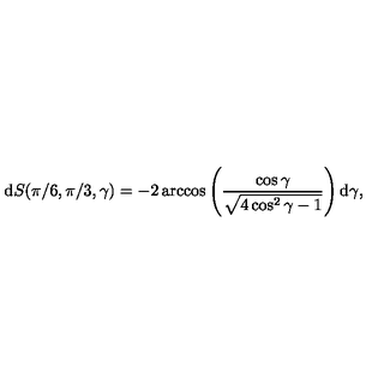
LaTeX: \mathrm { d } S ( \pi / 6 , \pi / 3 , \gamma ) = - 2 \arccos \left( \frac { \cos \gamma } { \sqrt { 4 \cos ^ { 2 } \gamma - 1 } } \right) \mathrm { d } \gamma ,